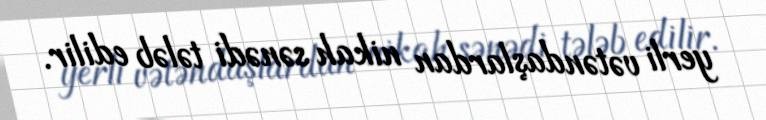
yerli vətəndaşlardan nikah sənədi tələb edilir.